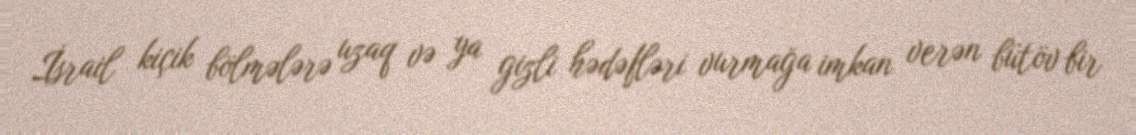
İsrail kiçik bölmələrə uzaq və ya gizli hədəfləri vurmağa imkan verən bütöv bir